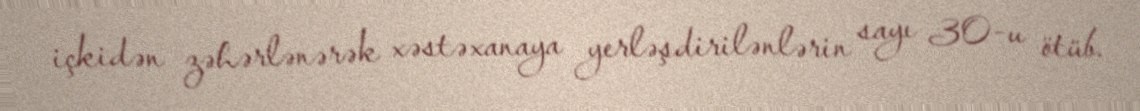
içkidən zəhərlənərək xəstəxanaya yerləşdirilənlərin sayı 30-u ötüb.